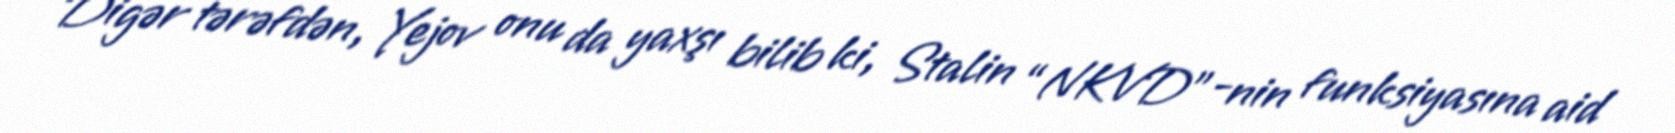
Digər tərəfdən, Yejov onu da yaxşı bilib ki, Stalin “NKVD”-nin funksiyasına aid